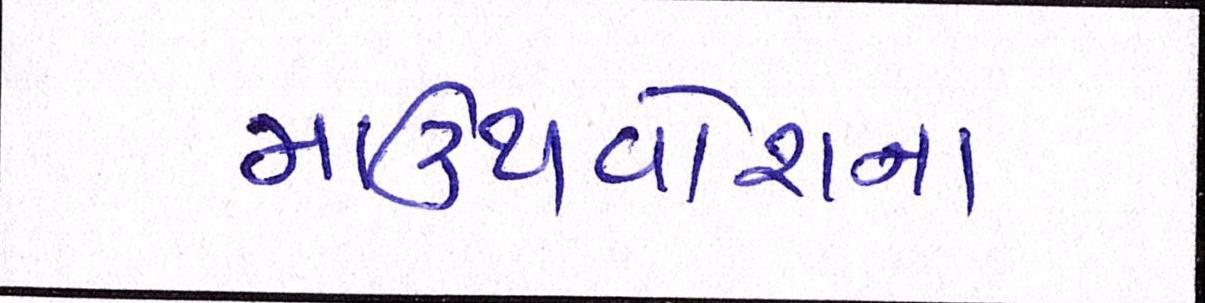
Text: માઉથવોશના